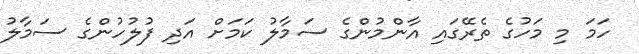
ހަމަ މި މަހުގެ ތެރޭގައި އާންމުންގެ ސަމާލު ކަމަށް އަދި ފުލުހުންގެ ސަމާލު